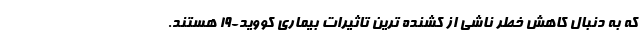
که به دنبال کاهش خطر ناشی از کشنده ترین تاثیرات بیماری کووید-19 هستند.